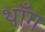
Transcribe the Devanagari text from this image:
थाँग